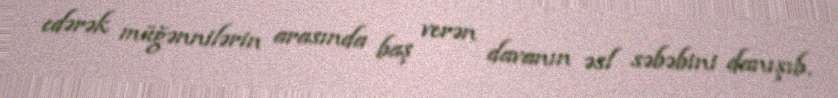
edərək müğənnilərin arasında baş verən davanın əsl səbəbini danışıb.